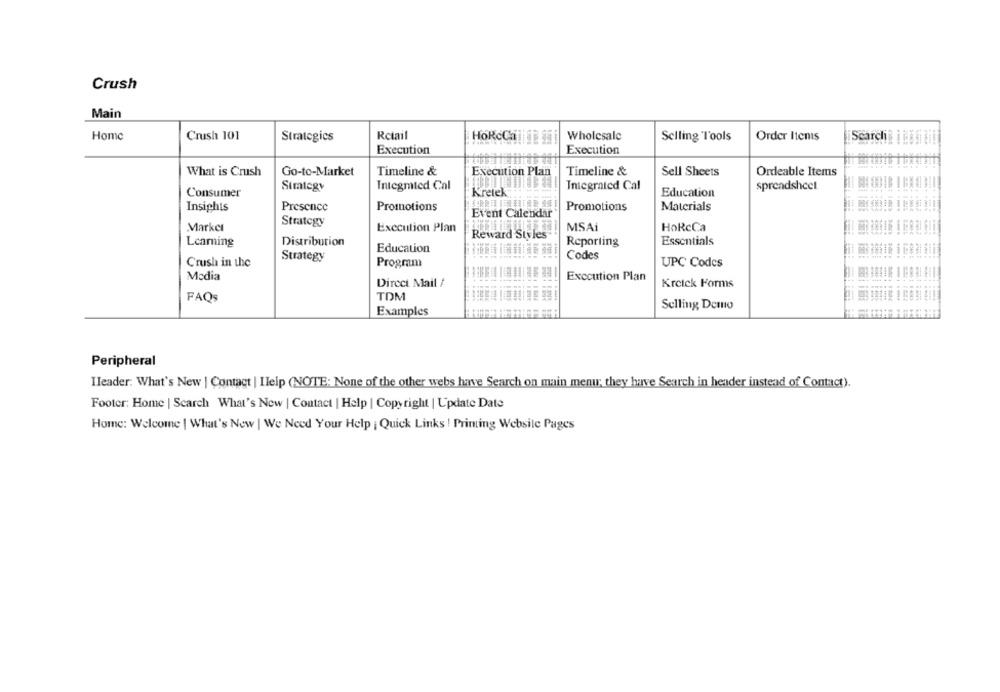
Crush
Main
Home
Crush 101
Strategies
Retail
Wholesale
Selling Tools
Order Itenis
Scarchi
Execution
Execution
What is Crush
Go-to-Market
Timeline &
Execution Plan
Timeline &
Sell Sheets
Ordeable Items
Simlegy
Integmted Cal
Tniegrated Cal
spreadsheet
Consumer
Kretek"
Education
Insights
Presence
Promotions
Promotions
Materials
Event Calendar
Strategy
Marker
Execution Plan
MSA
HoRcCa
Reward Stvles
Learning
Distribution
Reporting
Essentials
Education
Codes
Crush in the
Strategy
Program
UPC Codes
Media
Execution Plan
Direct Mail /
Kreick Forms
FAQS
TDM
Examples
Selling Demo
Peripheral
Ileader: What's New | Contact | Ilelp (NOTE: None of the other webs have Search on main menu; they have Search in header instead of Contact).
Footer: Home | Search What's New | Contact | Help | Copyright | Update Date
Home: Welcome | What's New | We Need Your Help | Quick Links ! Priming Website Pages